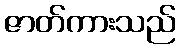
ဇာတ်ကားသည်